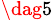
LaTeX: ^{\dag 5}